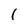
Character: I